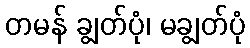
တမန် ချွတ်ပုံ၊ မချွတ်ပုံ